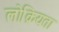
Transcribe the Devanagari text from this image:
लोक्रियता